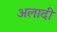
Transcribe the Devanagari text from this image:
अलादी